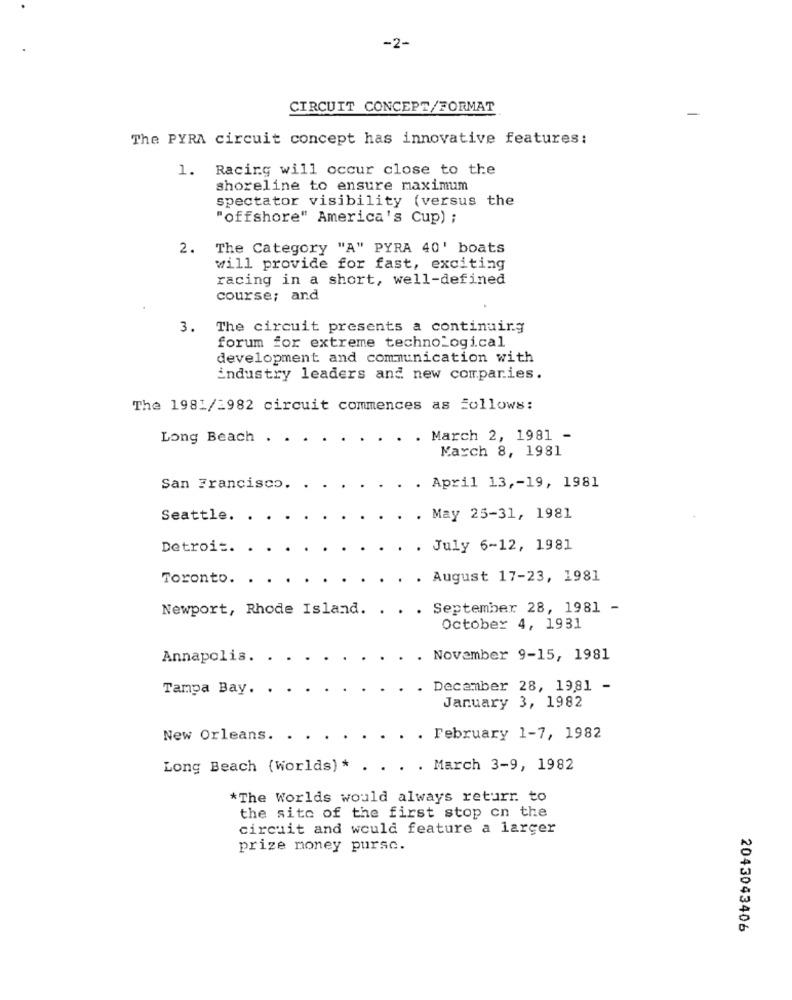
-2-
CIRCUIT CONCEPT/FORMAT
The PYRA circuit concept has innovative features:
1. Racing will occur close to the
shoreline to ensure maximum
spectator visibility (versus the
"offshore" America's Cup) ;
2. The Category "A" PYRA 40' boats
will provide for fast, exciting
racing in a short, well-defined
course; and
3. The circuit presents a continuing
forum for extreme technological
development and communication with
industry leaders and new comparies.
The 1981/1982 circuit commences as Follows:
Long Beach .
. . March 2, 1981 -
March 8, 1981
San Francisco.
. April 13 ,- 19, 1981
Seattle.
. May 25-31, 1981
Detroit.
. July 6-12, 1981
Toronto.
. August 17-23, 1981
Newport, Rhode Island.
September 28, 1981 -
October 4, 1931
Annapolis.
November 9-15, 1981
Tampa Bay.
December 28, 19,81 -
January 3, 1982
New Orleans. .
. February 1-7, 1982
Long Beach (Worlds) *
. March 3-9, 1982
*The Worlds would always returr. to
the sito of the first stop on the
circuit and would feature a larger
prize money pursc.
2043043406